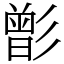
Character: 㣒